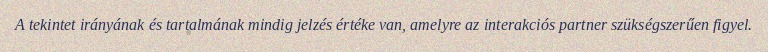
A tekintet irányának és tartalmának mindig jelzés értéke van, amelyre az interakciós partner szükségszerűen figyel.